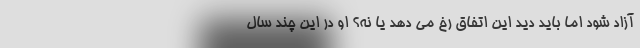
آزاد شود اما باید دید این اتفاق رخ می دهد یا نه؟ او در این چند سال